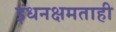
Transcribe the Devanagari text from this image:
इंधनक्षमताही